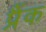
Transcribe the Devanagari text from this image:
प्रैंक